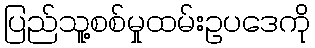
ပြည်သူ့စစ်မှုထမ်းဥပဒေကို